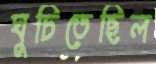
ঘুচিতেছিল